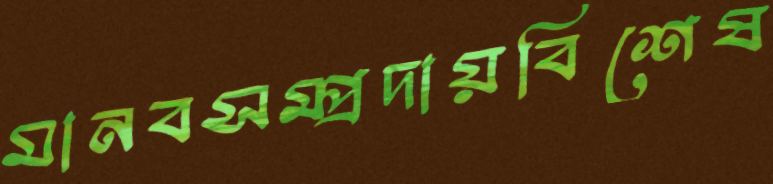
মানবসম্প্রদায়বিশেষ